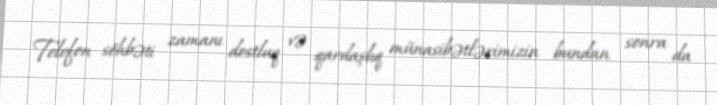
Telefon söhbəti zamanı dostluq və qardaşlıq münasibətlərimizin bundan sonra da